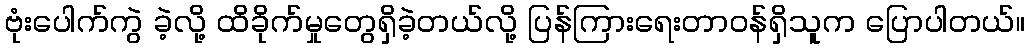
ဗုံးပေါက်ကွဲ ခဲ့လို့ ထိခိုက်မှုတွေရှိခဲ့တယ်လို့ ပြန်ကြားရေးတာဝန်ရှိသူက ပြောပါတယ်။